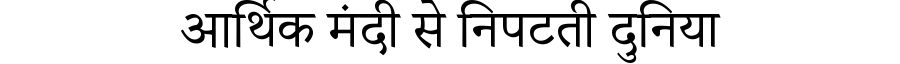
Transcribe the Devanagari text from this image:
आर्थिक मंदी से निपटती दुनिया